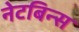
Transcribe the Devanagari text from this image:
नेटबिन्स